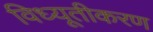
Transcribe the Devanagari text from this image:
विध्यूतीकरण